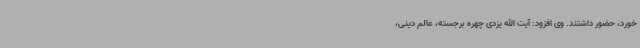
خورد، حضور داشتند. وی افزود: آیت الله یزدی چهره برجسته، عالم دینی،